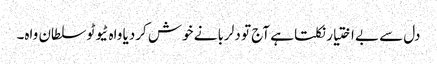
دل سے بے اختیار نکلتا ہے آج تو دلربا نے خوش کردیا واہ ٹیوٹو سلطان واہ۔